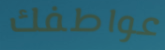
عواطفك